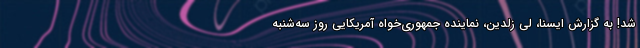
شد! به گزارش ایسنا، لی زلدین، نماینده جمهوری‌خواه آمریکایی روز سه‌شنبه